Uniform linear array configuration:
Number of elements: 16
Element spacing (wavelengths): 0.5
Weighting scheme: exponential
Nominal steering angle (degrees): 0
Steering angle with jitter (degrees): -0.4338
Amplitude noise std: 0.05
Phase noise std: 0.05

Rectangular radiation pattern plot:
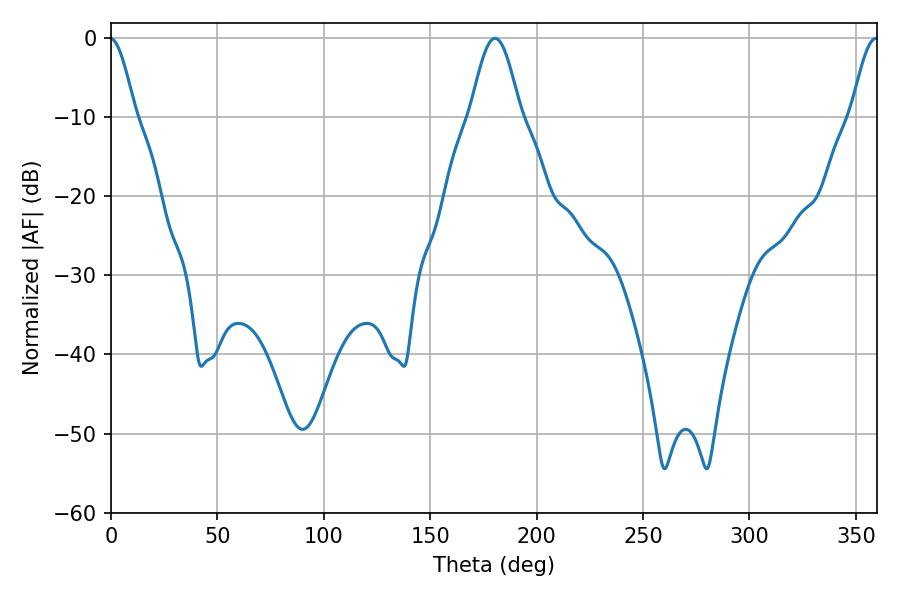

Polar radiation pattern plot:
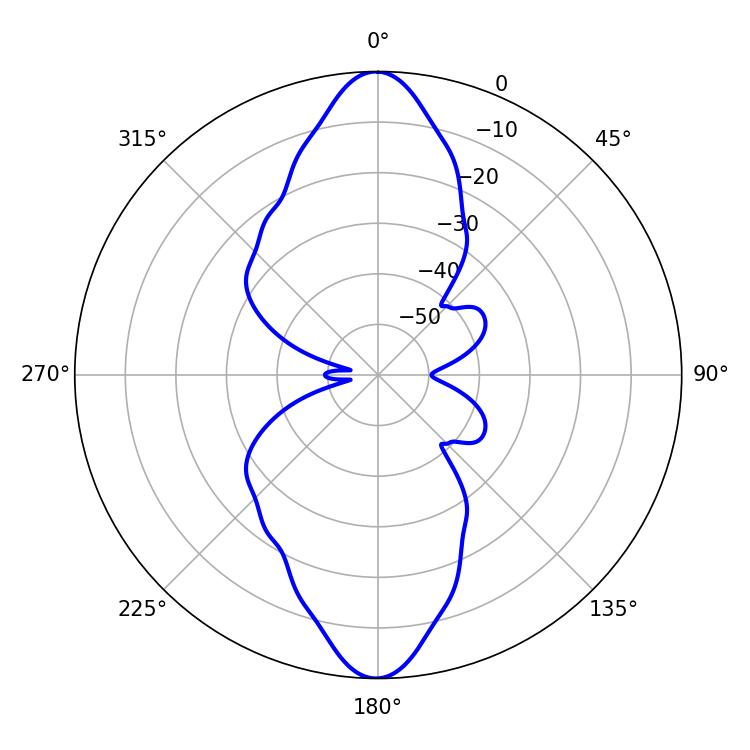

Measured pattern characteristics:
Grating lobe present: FALSE
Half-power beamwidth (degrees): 6.66
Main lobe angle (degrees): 359.46